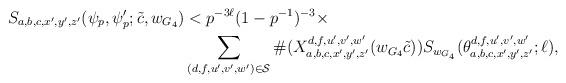
LaTeX: \begin{align*}\begin{aligned} S_{a,b,c,x',y',z'}(\psi_p,\psi_p' ;\tilde{c},w_{G_4}) & < p^{-3\ell}(1-p^{-1})^{-3} \times \\& \sum_{(d,f,u',v',w')\in\mathcal{S}} \#(X_{a,b,c,x',y',z'}^{d,f,u',v',w'}(w_{G_4} \tilde{c})) S_{w_{G_4}}(\theta_{a,b,c,x',y',z'}^{d,f,u',v',w'};\ell),\end{aligned} \end{align*}